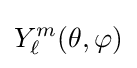
Y_{\ell }^{m}(\theta ,\varphi )